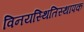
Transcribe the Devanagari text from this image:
विनयस्थितिस्थापक